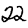
Digit: 2